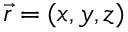
\vec { r } = ( x , y , z )